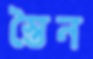
স্তৈন